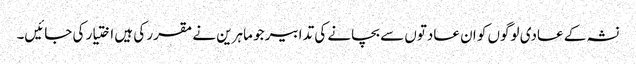
نشہ کے عادی لوگوں کو ان عادتوں سے بچانے کی تدابیر جو ماہرین نے مقرر کی ہیں اختیار کی جائیں۔